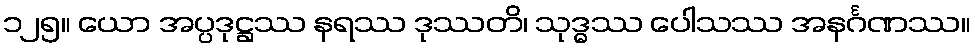
၁၂၅။ ယော အပ္ပဒုဋ္ဌဿ နရဿ ဒုဿတိ၊ သုဒ္ဓဿ ပေါသဿ အနင်္ဂဏဿ။